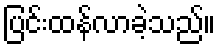
ပြင်းထန်လာခဲ့သည်။